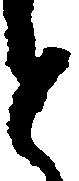
と